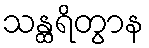
သန္ထရိတွာန